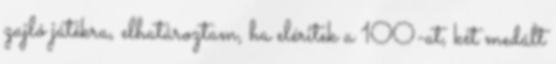
zajló játékra, elhatároztam, ha eléritek a 100-at, két medált